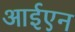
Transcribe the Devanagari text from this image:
आईएन